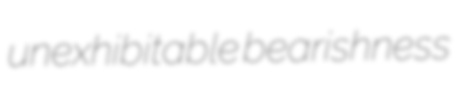
unexhibitable bearishness